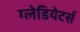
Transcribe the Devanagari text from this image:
ग्लेडियेटर्स